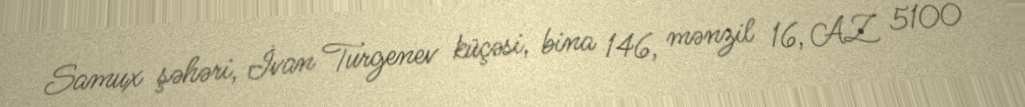
Samux şəhəri, İvan Turgenev küçəsi, bina 146, mənzil 16, AZ 5100